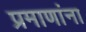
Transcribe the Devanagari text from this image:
प्रमाणांना